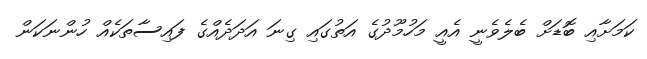
ކަމަށާއި ބޮޑަށް ބެލެވެނީ އެއީ މަހުމޫދުގެ އަތުގައި ގިނަ އަދަދެއްގެ ފައިސާތަކެއް ހުންނަކަން